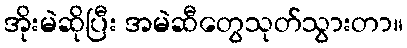
အိုးမဲဆိုပြီး အမဲဆီတွေသုတ်သွားတာ။